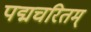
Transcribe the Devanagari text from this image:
पद्मचरितम्